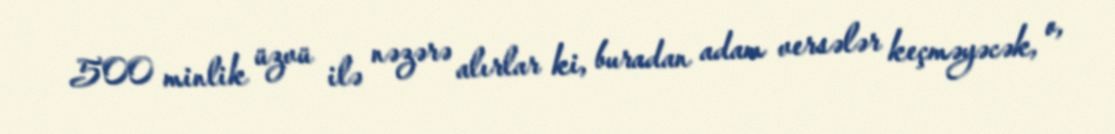
500 minlik üzvü ilə nəzərə alırlar ki, buradan adam versələr keçməyəcək, o,